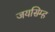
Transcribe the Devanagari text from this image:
जयसिम्ह